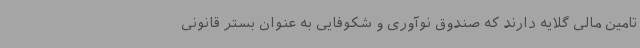
تامین مالی گلایه دارند که صندوق نوآوری و شکوفایی به عنوان بستر قانونی